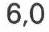
6,0